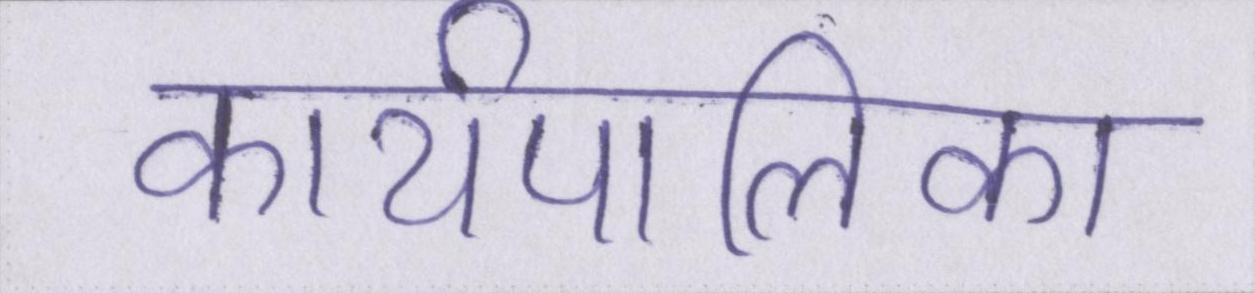
कार्यपालिका